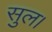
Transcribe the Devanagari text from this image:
सुल।